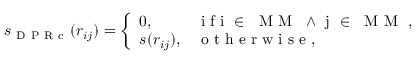
s _ { \mathrm { ~ D ~ P ~ R ~ c ~ } } ( r _ { i j } ) = \left\{ \begin{array} { l l } { 0 , } & { \mathrm { ~ i ~ f ~ i ~ \in ~ \mathrm { ~ M ~ M ~ } ~ \land ~ j ~ \in ~ \mathrm { ~ M ~ M ~ } ~ } , } \\ { s ( r _ { i j } ) , } & { \mathrm { ~ o ~ t ~ h ~ e ~ r ~ w ~ i ~ s ~ e ~ } , } \end{array} \right.